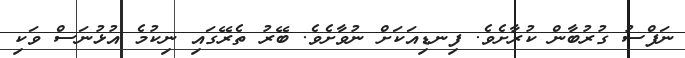
ނަފްސު ގުރުބާން ކުރާށެވެ. ފިނޑިއަކަށް ނުވާށެވެ. ބޭރު ތެރޭގައި ނިކުމެ އުޅުނަސް ވަކި